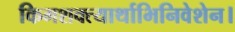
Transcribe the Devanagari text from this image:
किमशक्त्यार्थाभिनिवेशेन।